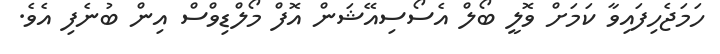
ހަމަޖެހިފައިވާ ކަމަށް ވޮލީ ބޯލް އެސޯސިއޭޝަން އޮފް މޯލްޑިވްސް އިން ބުނެފި އެވެ.